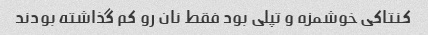
کنتاکی خوشمزه و تپلی بود فقط نان رو کم گذاشته بودند